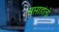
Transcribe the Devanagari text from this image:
सप्ताहांतो